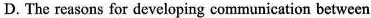
D. The reasons for developing communication between